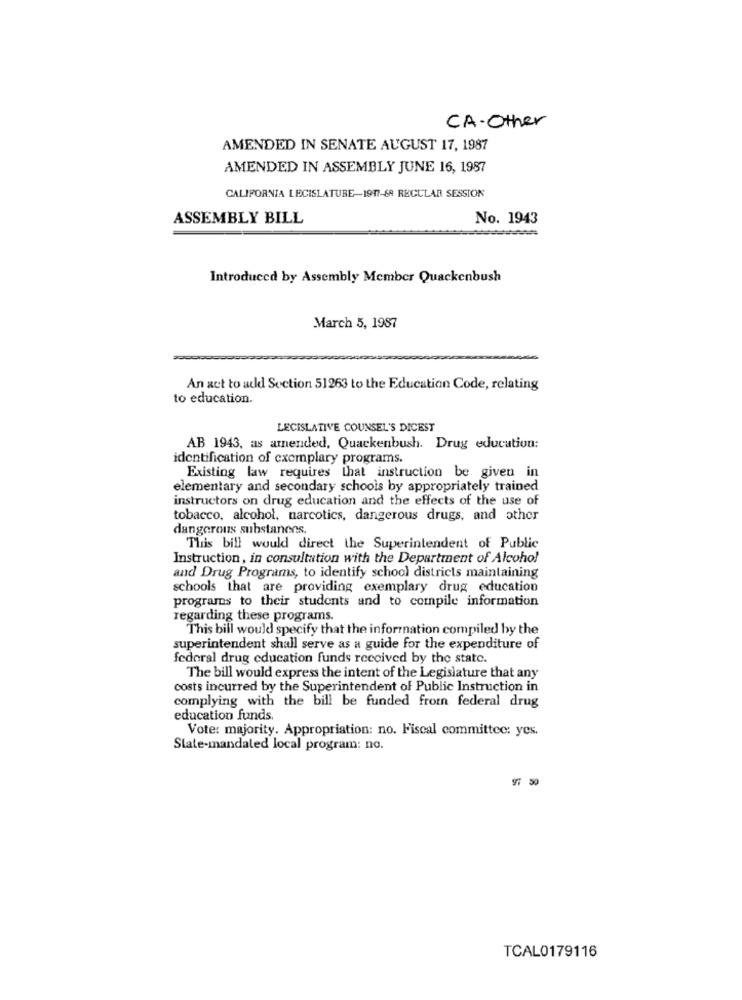
CA.Other
AMENDED IN SENATE AUGUST 17, 1987
AMENDED IN ASSEMBLY JUNE 16, 1987
CALIFORNIA LEGISLATURE-1917-68 REGULAR SESSION
ASSEMBLY BILL
No. 1943
Introduced by Assembly Member Quackenbush
March 5, 1987
An act to add Section 51263 to the Education Code, relating
to education.
LECISLATIVE COUNSEL'S DICEST
AB 1943, as amended, Quackenbush. Drug education:
identification of exemplary programs.
Existing law requires that instruction be given in
elementary and secondary schools by appropriately trained
instructors on drug education and the effects of the use of
tobacco, alcohol, narcotics, dangerous drugs, and other
dangerous substanens.
This bill would direct the Superintendent of Public
Instruction, in consultation with the Department of Alcohol
and Drug Programs, to identify school districts maintaining
schools that are providing exemplary drug education
programs to their students and to compile information
regarding these programs.
This bill would specify that the information compiled by the
superintendent shall serve as a guide for the expenditure of
federal drug education funds received by the state.
The bill would express the intent of the Legislature that any
costs incurred by the Superintendent of Public Instruction in
complying with the bill be funded from federal drug
education funds.
Vote: majority. Appropriation: no. Fiscal committee: yes.
State-mandated local program: no.
97 50
TCAL0179116